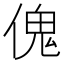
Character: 傀